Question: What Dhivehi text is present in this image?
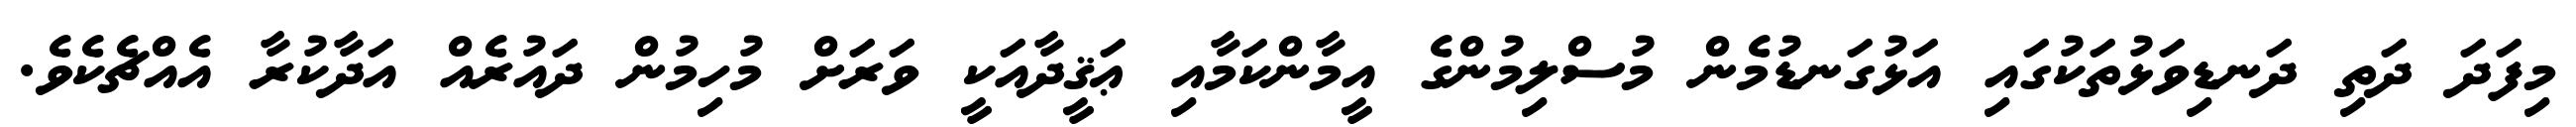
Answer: މިފަދަ ދަތި ދަނޑިވަޅުތަކުގައި އަޅުގަނޑުމެން މުސްލިމުންގެ އީމާންކަމާއި ޢަޤީދާއަކީ ވަރަށް މުހިމުން ދައުރެއް އަދާކުރާ އެއްޗެކެވެ.